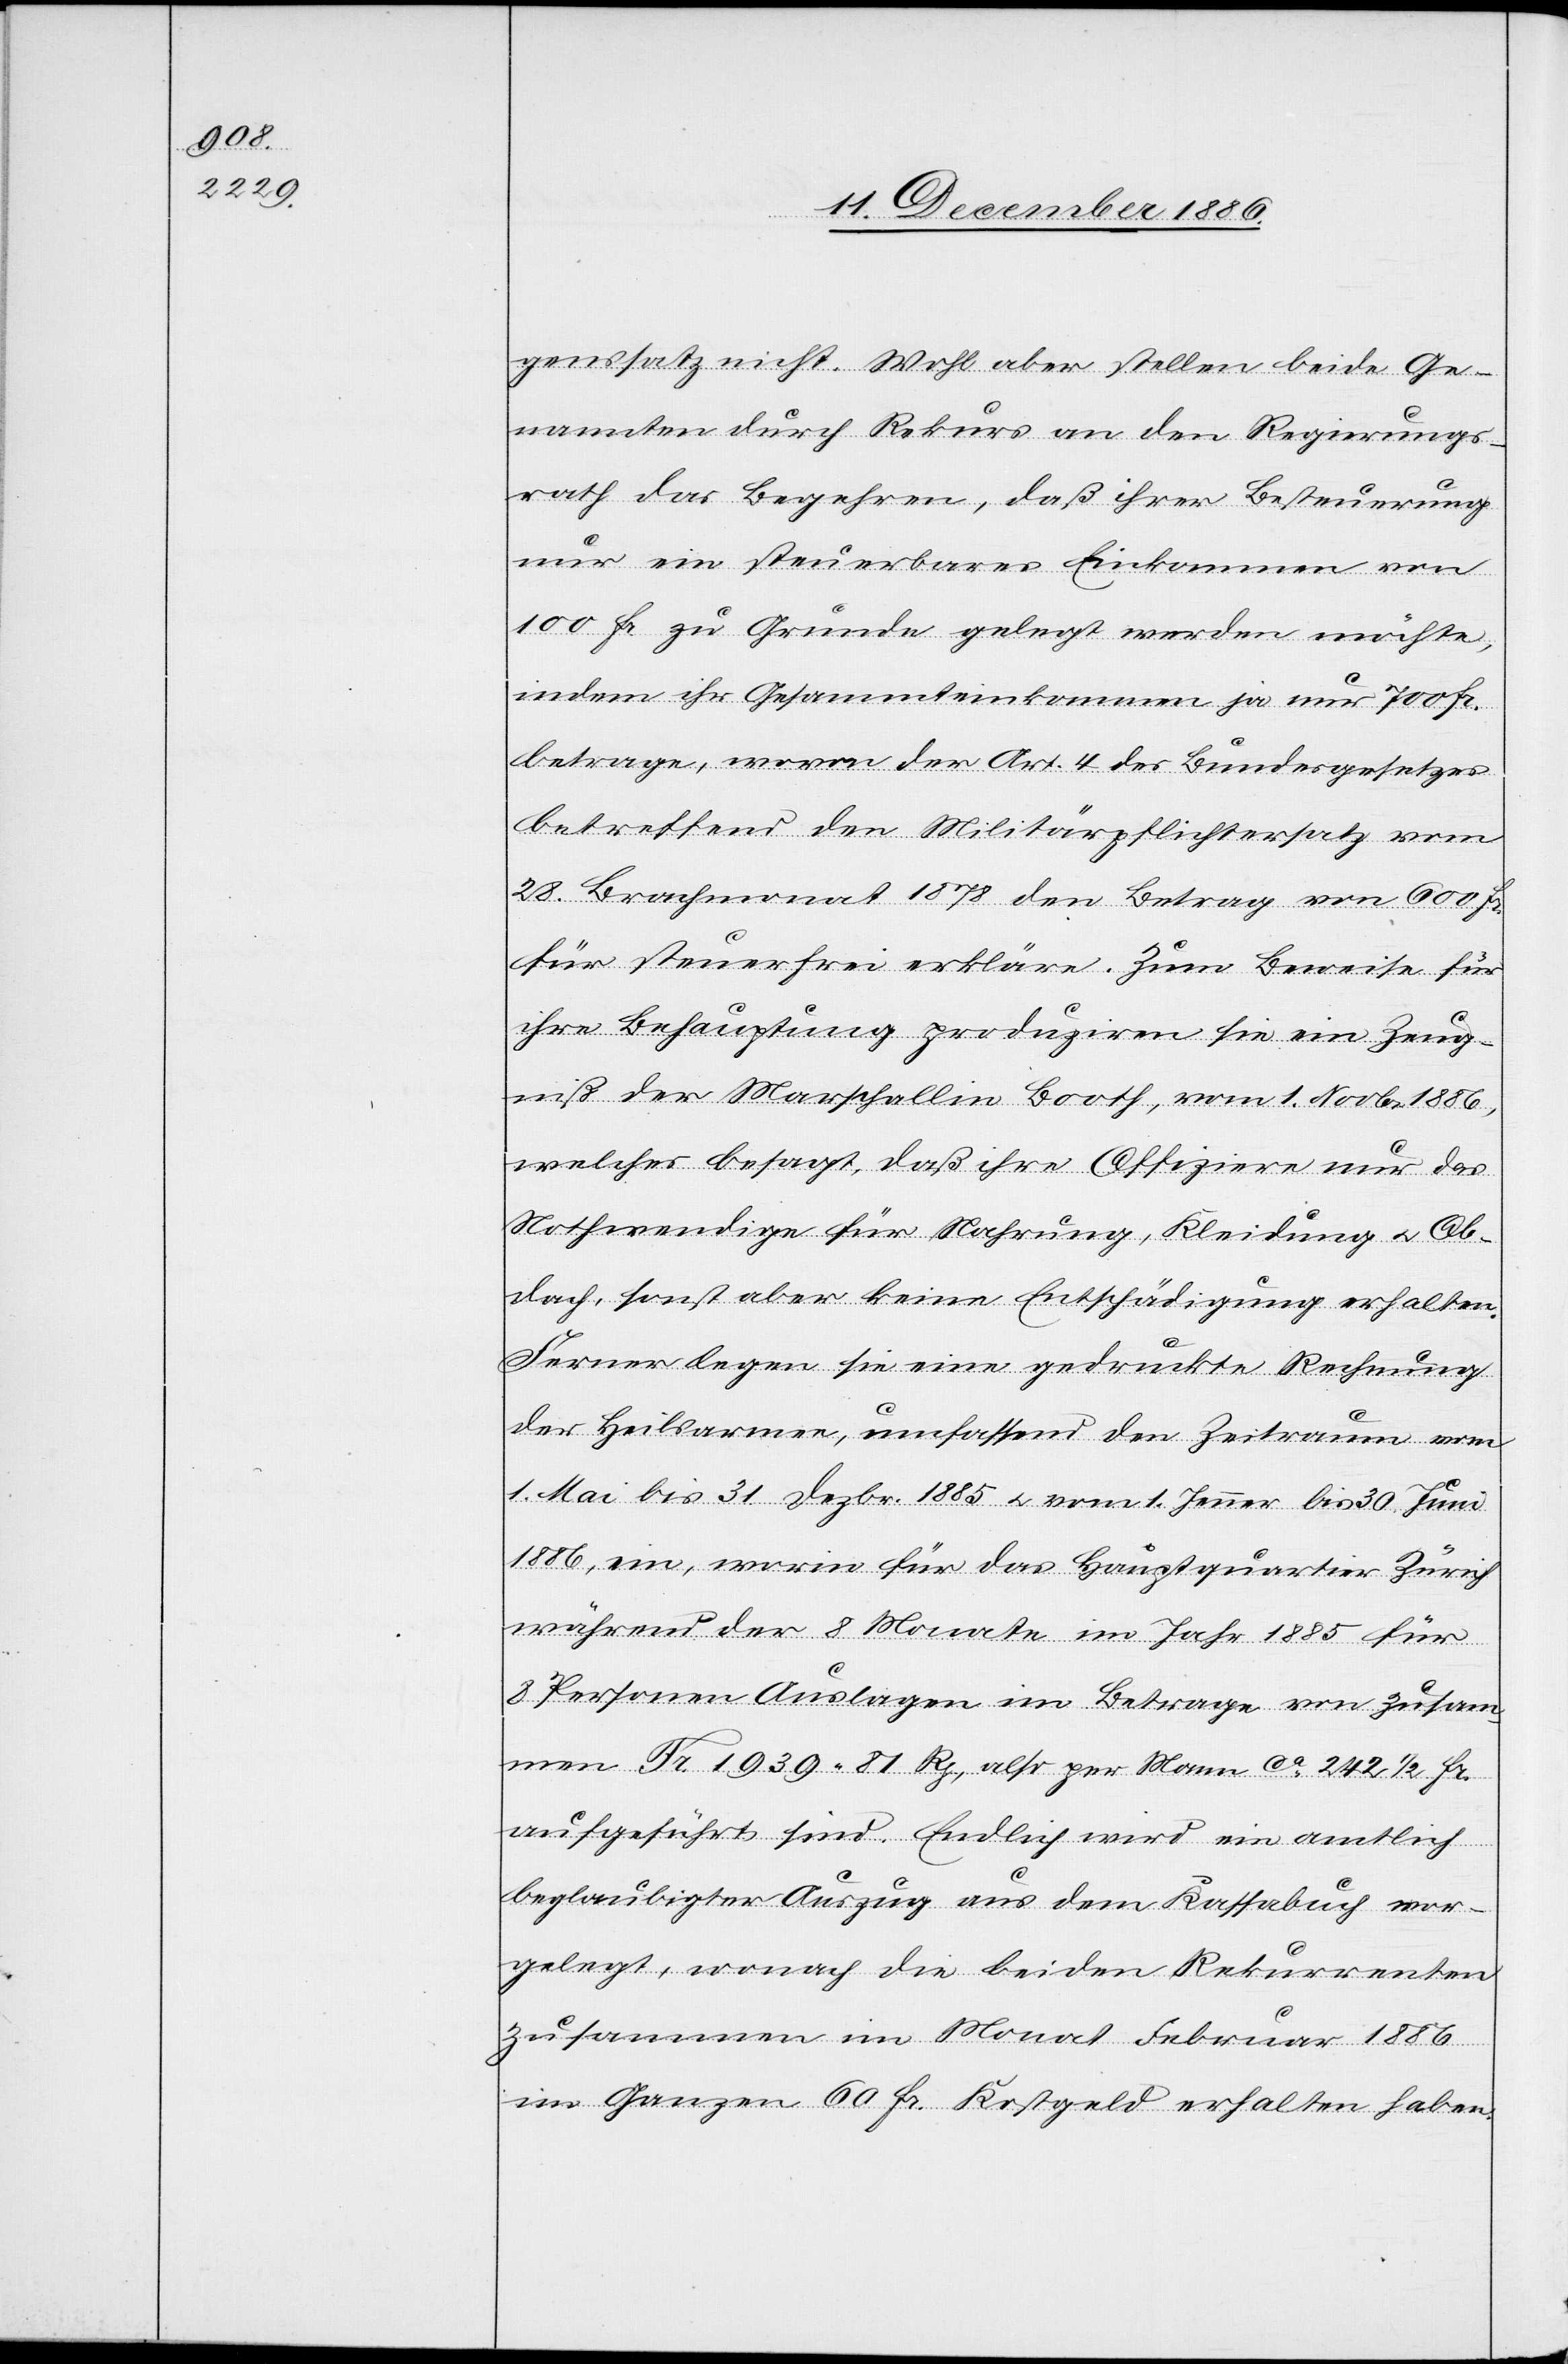
genssatz nicht. Wohl aber stellen beide Ge¬
nannten durch Rekurs an den Regierungs¬
rath das Begehren, daß ihrer Besteuerung
nur ein steuerbares Einkommen von
100 Fr. zu Grunde gelegt werden möchte,
indem ihr Gesammteinkommen ja nur 700 Fr.
betrage, wovon der Art. 4 des Bundesgesetzes
betreffend den Militärpflichtersatz vom
28. Brachmonat 1878 den Betrag von 600 Fr.
für steuerfrei erkläre. Zum Beweise für
ihre Behauptung produziren sie ein Zeug¬
niß der Marschallin Booth, vom 1. Novbr. 1886,
welches besagt, daß ihre Offiziere nur das
Nothwendige für Nahrung, Kleidung & Ob¬
dach, sonst aber keine Entschädigung erhalten.
Ferner legen sie eine gedruckte Rechnung
der Heilsarmee, umfassend den Zeitraum vom
1. Mai bis 31. Dezbr. 1885 & vom 1. Jenner bis 30. Juni
1886, ein, worin für das Hauptquartier Zürich
während der 8 Monate im Jahr 1885 für
8 Personen Auslagen im Betrage von zusam¬
men Fr. 1939 81 Rp., also per Mann ca 242 1/2 Fr.
aufgeführt sind. Endlich wird ein amtlich
beglaubigter Auszug aus dem Kassabuch vor¬
gelegt, wonach die beiden Rekurrenten
zusammen im Monat Februar 1886
im Ganzen 60 Fr. Kostgeld erhalten haben.